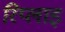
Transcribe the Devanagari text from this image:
रिप्लाइ